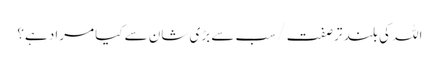
اللہ کی بلند تر صفت / سب سے بڑی شان سے کیا مراد ہے؟